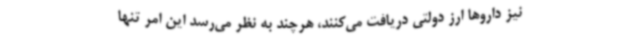
نیز داروها ارز دولتی دریافت می‌کنند، هرچند به نظر می‌رسد این امر تنها